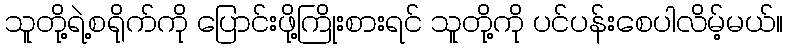
သူတို့ရဲ့စရိုက်ကို ပြောင်းဖို့ကြိုးစားရင် သူတို့ကို ပင်ပန်းစေပါလိမ့်မယ်။